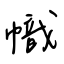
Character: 幟